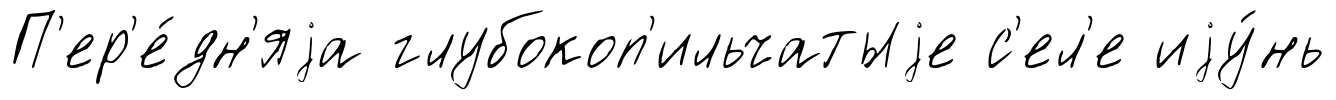
П'ер'е́дн'яjа глубокоп'ильчатыjе с'ел'е иjу́нь